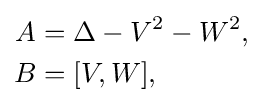
{\begin{aligned}A&=\Delta -V^{2}-W^{2},\\B&=[V,W],\end{aligned}}